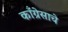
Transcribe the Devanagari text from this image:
काँग्रेसाचे